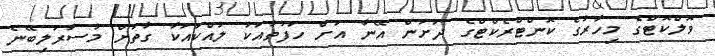
ވޮލްކޮޓްގެ މިހާރުގެ ކޮންޓްރެކްޓްގެ ދަށުން އޭނާ އަށް ހަފުތާއަކު ލައްކައަކާ ގާތަށް މުސާރަލިބޭނެ